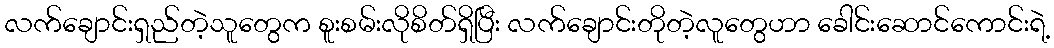
လက်ချောင်းရှည်တဲ့သူတွေက စူးစမ်းလိုစိတ်ရှိပြီး လက်ချောင်းတိုတဲ့လူတွေဟာ ခေါင်းဆောင်ကောင်းရဲ့